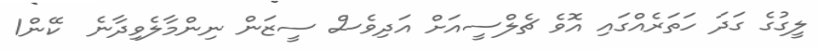
ލީގުގެ ގަދަ ހަތަރެއްގައި އޮވެ ޗެލްސީއަށް އަދިވެސް ސީޒަން ނިންމާލެވިދާނެ  ކޭން1